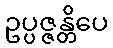
ဥပ္ပဇ္ဇန္တိပေ